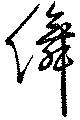
舞